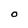
Character: 0